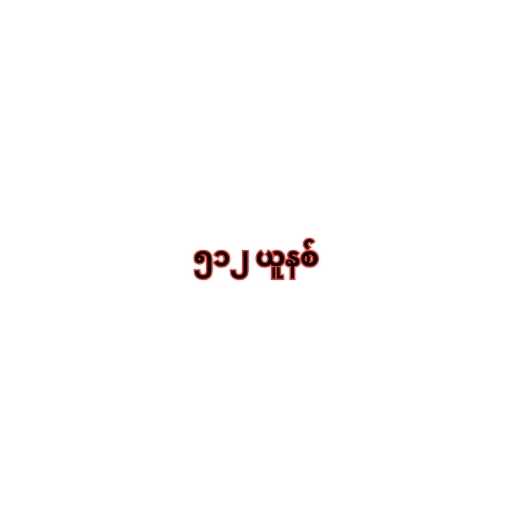
၅၁၂ ယူနစ်